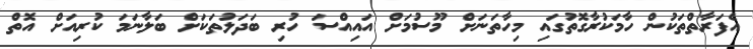
އެފަރާތްތަކުން ހާމަކުރާގޮތުގައި މިހާތަނަށް މޫސުމަށް އައިއްސަ ހުރި ބަދަލުތަކަށް ބަލާނަމަ ކުރިއަށް އޮތް